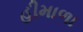
હીમાળા